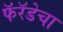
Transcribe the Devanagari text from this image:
फॅरॅडेचा